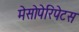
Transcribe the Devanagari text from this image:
मेसोपेरिपेटस